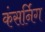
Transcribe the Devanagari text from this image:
कंसर्निग